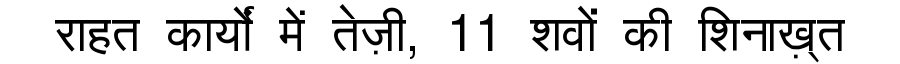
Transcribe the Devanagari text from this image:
राहत कार्यों में तेज़ी, 11 शवों की शिनाख़्त